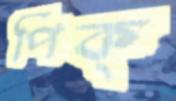
পিক্